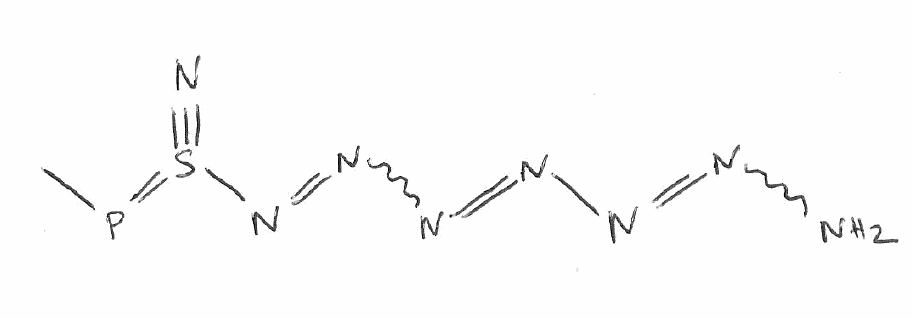
Simplified molecular-input line-entry system (SMILES) notation of the given molecule:
CP=S(#N)N=NN=NN=NN